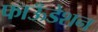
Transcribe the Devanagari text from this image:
फाऊँडेशन